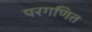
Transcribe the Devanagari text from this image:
परगणित